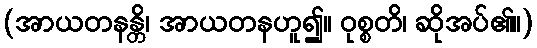
(အာယတနန္တိ၊ အာယတနဟူ၍။ ဝုစ္စတိ၊ ဆိုအပ်၏။)